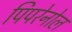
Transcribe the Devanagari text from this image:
पिपरेनोल